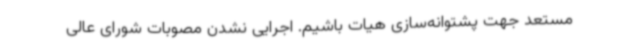
مستعد جهت پشتوانه‌سازی هیات باشیم. اجرایی نشدن مصوبات شورای عالی